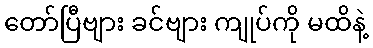
တော်ပြီဗျား ခင်ဗျား ကျုပ်ကို မထိနဲ့